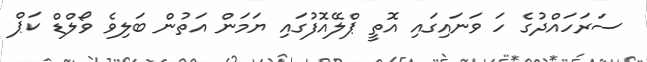
ސަރަހައްދުގެ ހަ ވަނައިގައި އޮތީ ޕްލޭއޮފުގައި ޔަމަން އަތުން ބަލިވެ ވޯލްޑް ކަޕް